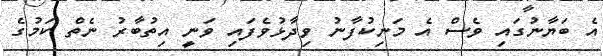
އެ ބަޔާނުގައި ވެސް އެ މަނިކުފާނު ވިދާޅުވެފައި ވަނީ އިތުބާރު ނެތް ކަމުގެ